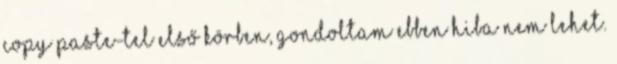
copy paste-tel első körben, gondoltam ebben hiba nem lehet.